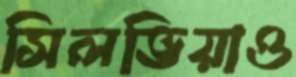
সিলভিয়াও